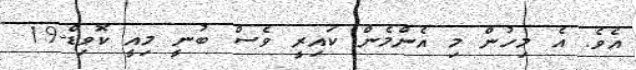
އެވެ. އެ މިހުން މި އެންމެން ކައިރީ ވެސް ބުނީ މިއީ ކޮވިޑް-19